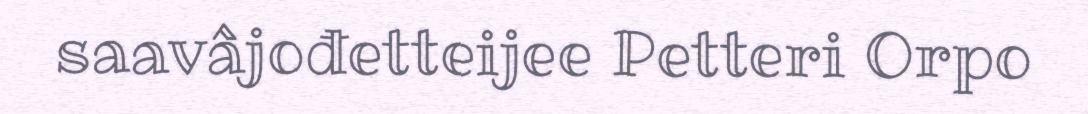
saavâjođetteijee Petteri Orpo